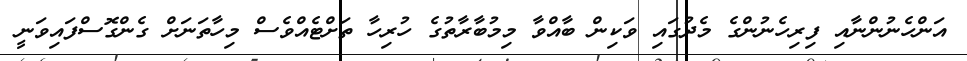
އަންހެނުންނާއި ފިރިހެނުންގެ މެދުގައި ވަކިން ބާއްވާ މިމުބާރާތުގެ ހުރިހާ ތަށްޓެއްވެސް މިހާތަނަށް ގެންގޮސްފައިވަނީ